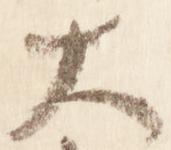
大